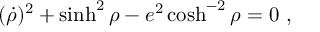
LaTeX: ( \dot { \rho } ) ^ { 2 } + \sinh ^ { 2 } \rho - e ^ { 2 } \cosh ^ { - 2 } \rho = 0 \ ,